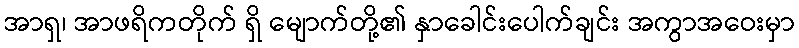
အာရှ၊ အာဖရိကတိုက် ရှိ မျောက်တို့၏ နှာခေါင်းပေါက်ချင်း အကွာအဝေးမှာ